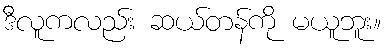
ဒီလူကလည်း ဆယ်တန်ကို မယူဘူး။